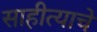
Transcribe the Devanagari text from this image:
साहीत्याचे